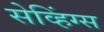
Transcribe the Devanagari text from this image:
सेव्हिंग्स